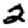
Digit: 2